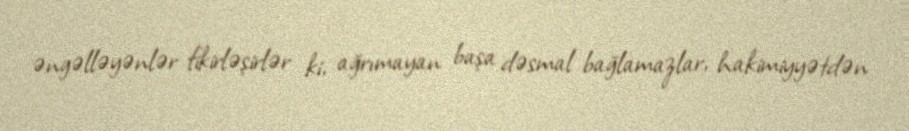
əngəlləyənlər fikirləşirlər ki, ağrımayan başa dəsmal bağlamazlar, hakimiyyətdən